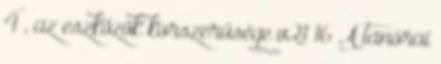
4 , az eszközök korszerűsége v21 16 A tanórai